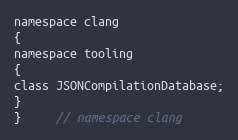
Language: C
namespace clang
{
namespace tooling
{
class JSONCompilationDatabase;
}
}	 // namespace clang